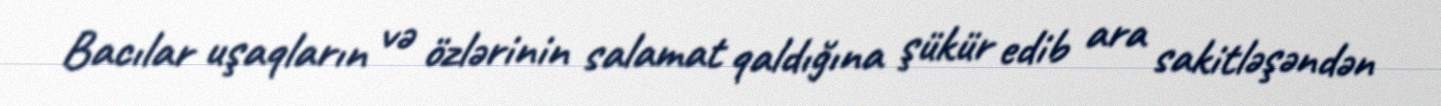
Bacılar uşaqların və özlərinin salamat qaldığına şükür edib ara sakitləşəndən